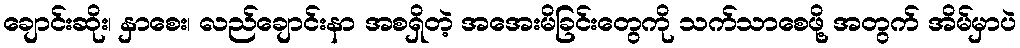
ချောင်းဆိုး၊ နှာစေး၊ လည်ချောင်းနာ အစရှိတဲ့ အအေးမိခြင်းတွေကို သက်သာစေဖို့ အတွက် အိမ်မှာပဲ